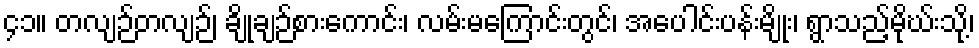
၄၁။ တလျဉ်တလျဉ်၊ ချိုချဉ်စားကောင်း၊ လမ်းမကြောင်းတွင်၊ အပေါင်းပန်းမျိုး၊ ရွာသည့်မိုဃ်းသို့၊